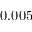
0 . 0 0 5